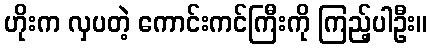
ဟိုးက လှပတဲ့ ကောင်းကင်ကြီးကို ကြည့်ပါဦး။